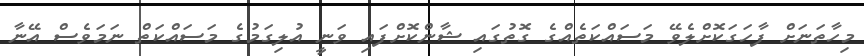
މިހާތަނަށް ފާހަގަކޮށްލެވޭ މަސައްކަތެއްގެ ގޮތުގައި ޝާންކޮށްފައި ވަނީ އުލިގަމުގެ މަސައްކަތް ނަމަވެސް އޭނާ